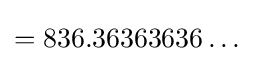
=836.36363636\ldots